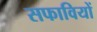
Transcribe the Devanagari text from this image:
सफावियों